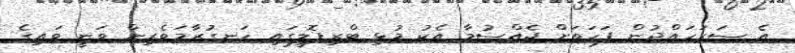
އެ ސަރަހައްދުން ފަހަތަށް ޖެއްސުމާ އެކު މުޅި ޓްރިޕޮލީގައި ހަނގުރާމަވެރިން ވަނީ ވައިގެ